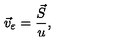
\vec { v } _ { \varepsilon } = \frac { \vec { S } } { u } ,